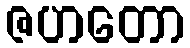
ဇဟတော